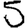
Digit: 5